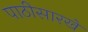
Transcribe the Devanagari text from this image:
पाठीसारखे